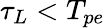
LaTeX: \tau_{L}<T_{pe}